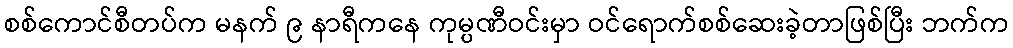
စစ်ကောင်စီတပ်က မနက် ၉ နာရီကနေ ကုမ္ပဏီဝင်းမှာ ဝင်ရောက်စစ်ဆေးခဲ့တာဖြစ်ပြီး ဘက်က